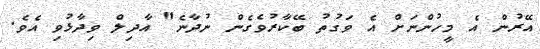
އޭރުން އެ މީހުންނަށް އެ ވަގުތު ބޭކާރުވެގެން ނުދާނެ" އާދިލް ވިދާޅުވި އެވެ.